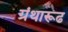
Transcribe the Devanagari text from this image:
ग्रंथारूढ